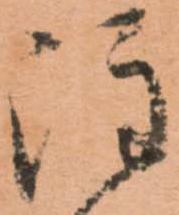
注